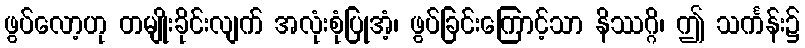
ဖွပ်လော့ဟု တမျိုးခိုင်းလျက် အလုံးစုံပြုအံ့၊ ဖွပ်ခြင်းကြောင့်သာ နိဿဂ္ဂိ၊ ဤ သင်္ကန်း၌